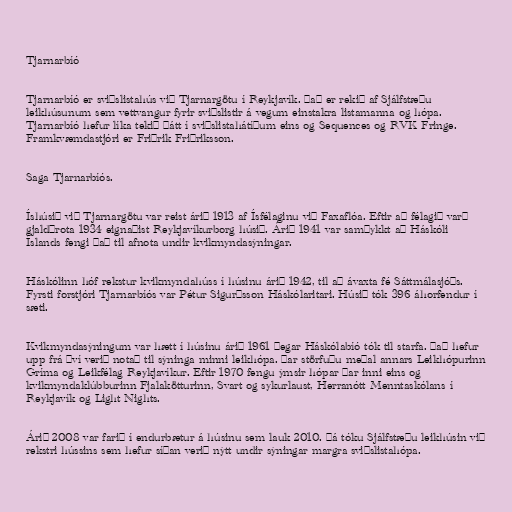
Tjarnarbíó

Tjarnarbíó er sviðslistahús við Tjarnargötu í Reykjavík. Það er rekið af Sjálfstæðu
leikhúsunum sem vettvangur fyrir sviðslistir á vegum einstakra listamanna og hópa.
Tjarnarbíó hefur líka tekið þátt í sviðslistahátíðum eins og Sequences og RVK Fringe.
Framkvæmdastjóri er Friðrik Friðriksson.

Saga Tjarnarbíós.

Íshúsið við Tjarnargötu var reist árið 1913 af Ísfélaginu við Faxaflóa. Eftir að félagið varð
gjaldþrota 1934 eignaðist Reykjavíkurborg húsið. Árið 1941 var samþykkt að Háskóli
Íslands fengi það til afnota undir kvikmyndasýningar.

Háskólinn hóf rekstur kvikmyndahúss í húsinu árið 1942, til að ávaxta fé Sáttmálasjóðs.
Fyrsti forstjóri Tjarnarbíós var Pétur Sigurðsson Háskólaritari. Húsið tók 396 áhorfendur í
sæti.

Kvikmyndasýningum var hætt í húsinu árið 1961 þegar Háskólabíó tók til starfa. Það hefur
upp frá því verið notað til sýninga minni leikhópa. Þar störfuðu meðal annars Leikhópurinn
Gríma og Leikfélag Reykjavíkur. Eftir 1970 fengu ýmsir hópar þar inni eins og
kvikmyndaklúbburinn Fjalakötturinn, Svart og sykurlaust, Herranótt Menntaskólans í
Reykjavík og Light Nights.

Árið 2008 var farið í endurbætur á húsinu sem lauk 2010. Þá tóku Sjálfstæðu leikhúsin við
rekstri hússins sem hefur síðan verið nýtt undir sýningar margra sviðslistahópa.